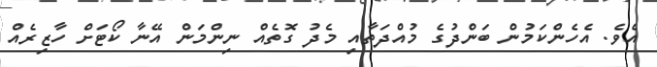
އެވެ. އެހެންކަމުން ބަންދުގެ މުއްދަތާއި މެދު ގޮތެއް ނިންމަން އޭނާ ކޯޓަށް ހާޒިރެއް